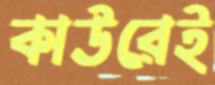
কাউরেই